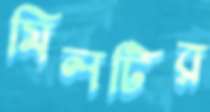
মিলটির